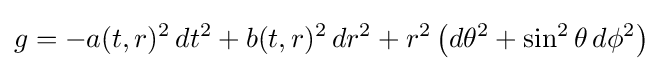
g=-a(t,r)^{2}\,dt^{2}+b(t,r)^{2}\,dr^{2}+r^{2}\left(d\theta ^{2}+\sin ^{2}\theta \,d\phi ^{2}\right)